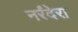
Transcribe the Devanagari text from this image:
नर्रंदेरा